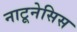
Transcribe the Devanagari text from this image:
नाटूनेसिस